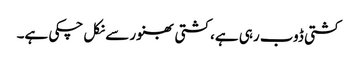
کشتی ڈوب رہی ہے، کشتی بھنور سے نکل چکی ہے۔